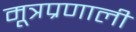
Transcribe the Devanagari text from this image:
मूत्रप्रणाली